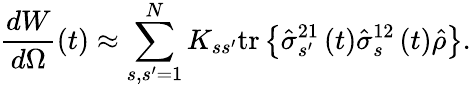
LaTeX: \frac{dW}{d\Omega}\left(t\right)\approx\sum_{s,s^{\prime}=1}^{N}K_{ss^{\prime}}\mathrm{tr}\left\{ \hat{\sigma}_{s^{\prime}}^{21}\left(t\right)\hat{\sigma}_{s}^{12}\left(t\right)\hat{\rho}\right\} .